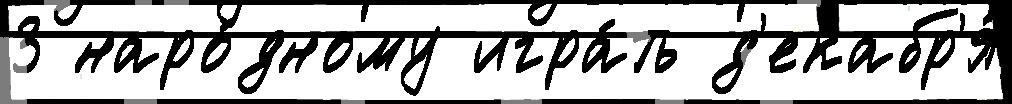
3 наро́дному игра́ть д'екабр'я́